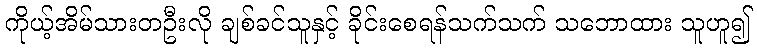
ကိုယ့်အိမ်သားတဦးလို ချစ်ခင်သူနှင့် ခိုင်းစေရန်သက်သက် သဘောထား သူဟူ၍